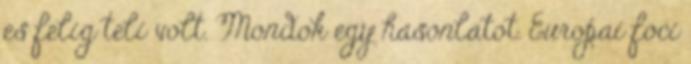
es felig teli volt. Mondok egy hasonlatot. Europai foci